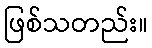
ဖြစ်သတည်း။